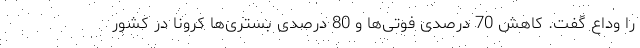
را وداع گفت. کاهش 70 درصدی فوتی‌ها و 80 درصدی بستری‌ها کرونا در کشور